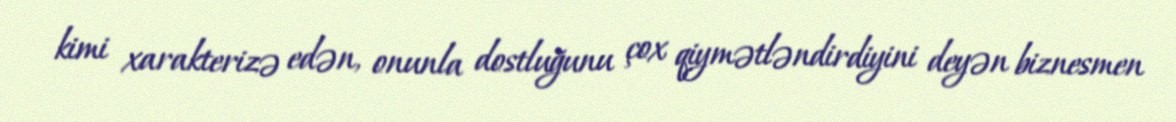
kimi xarakterizə edən, onunla dostluğunu çox qiymətləndirdiyini deyən biznesmen